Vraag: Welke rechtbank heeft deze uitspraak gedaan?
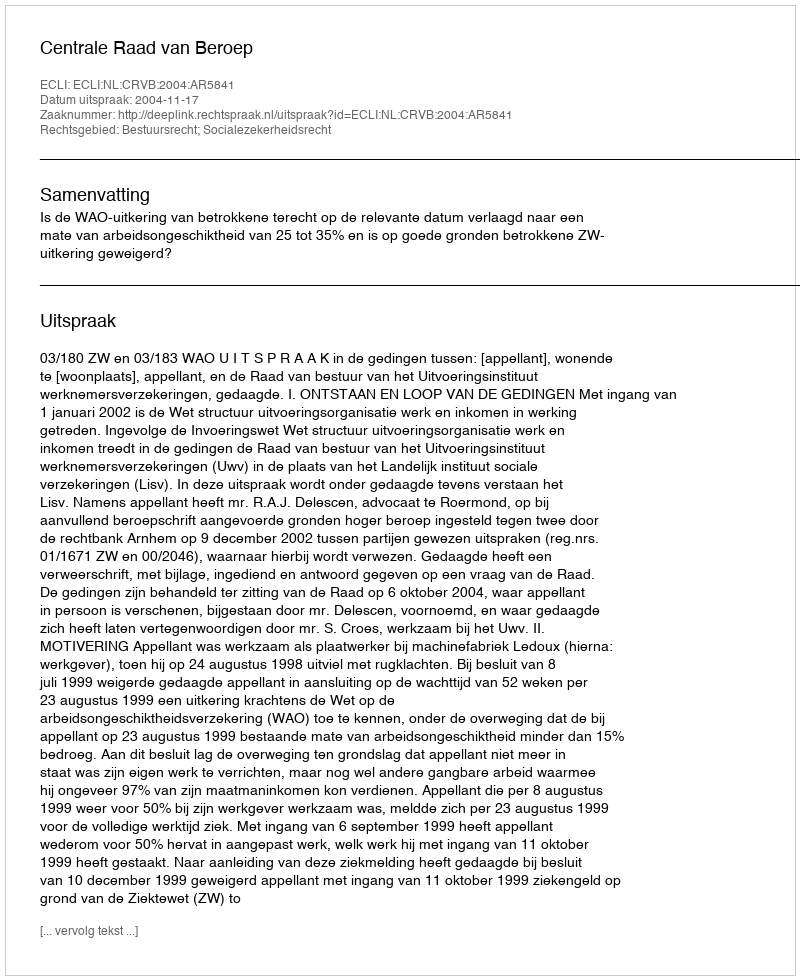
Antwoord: Centrale Raad van Beroep